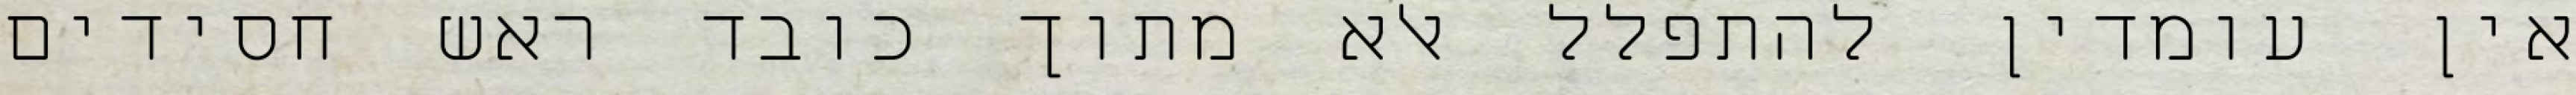
אין עומדין להתפלל אלא מתוך כובד ראש חסידים